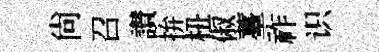
尚召讃拚杻俶薹祚识